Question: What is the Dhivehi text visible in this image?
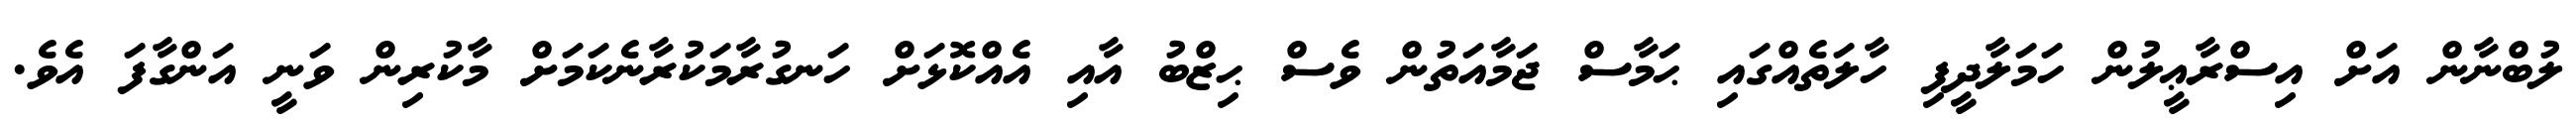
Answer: ލުބްނާން އަށް އިސްރާޢީލުން ހަމަލާދީފި ހާލަތެއްގައި ޙަމާސް ޖަމާއަތުން ވެސް ޙިޒްބު އާއި އެއްކޮޅަށް ހަނގުރާމަކުރާނެކަމަށް މާކުރިން ވަނީ އަންގާފަ އެވެ.